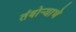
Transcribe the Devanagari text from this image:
तंबोर्‍याचे